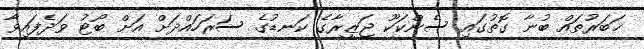
ޚަބަރުތައް ބުނާ ގޮތުގައި ސެންކަކޫ ޖަޒީރާގެ ކަނޑުގެ ސަރަހައްދަށް އަށް ބޯޓު ވަދެފައިވާ